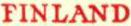
FINLAND